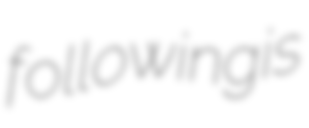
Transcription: following is